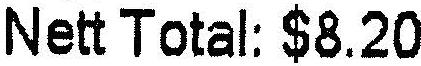
NETT TOTAL: $8.20